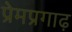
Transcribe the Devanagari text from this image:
प्रेमप्रगाढ़